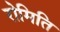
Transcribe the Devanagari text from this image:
रोमिति